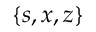
\{ s , x , z \}